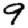
Digit: 9